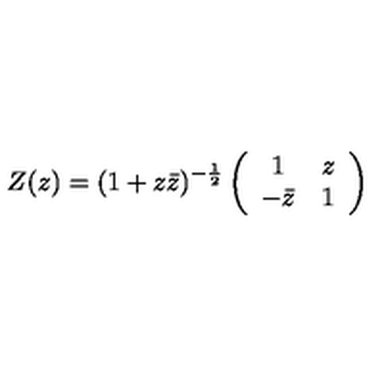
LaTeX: Z ( z ) = ( 1 + z \bar { z } ) ^ { - \frac { 1 } { 2 } } \left( \begin{array} { c c } { 1 } & { z } \\ { - \bar { z } } & { 1 } \\ \end{array} \right)